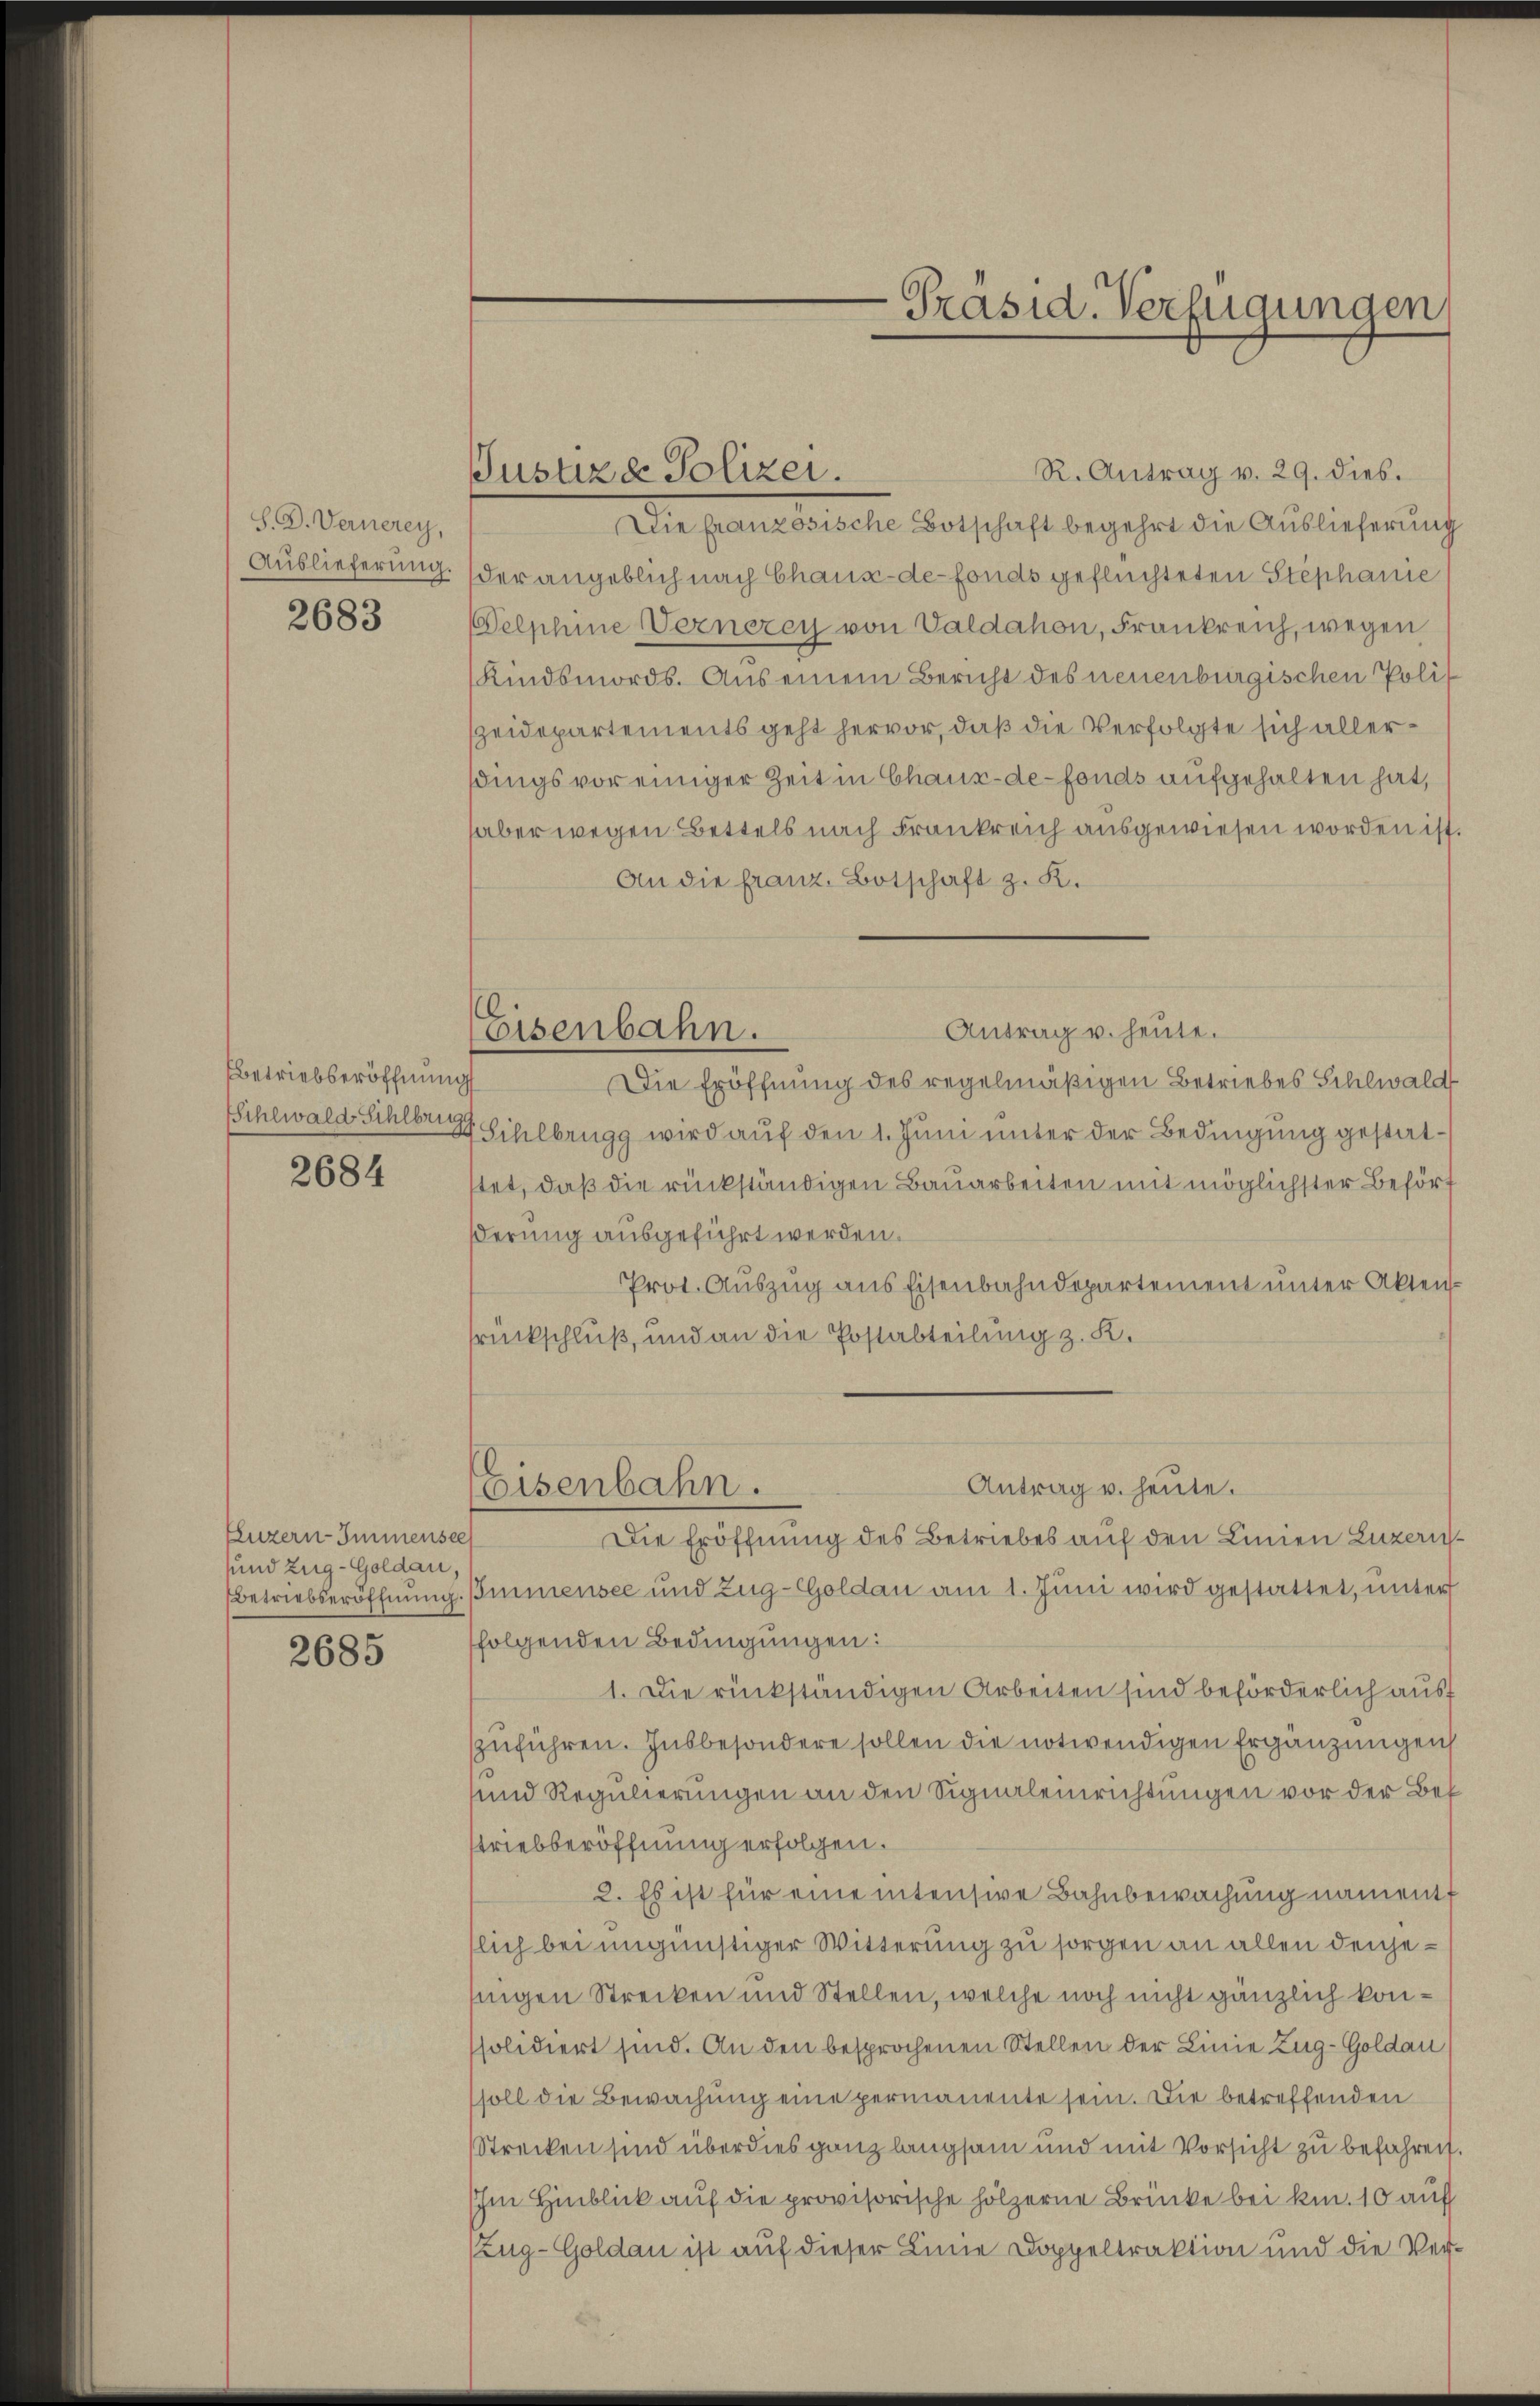
S. D. Vernerey,
Auslieferung.
2683

Betriebseröffnung

2684

Eluzern-Immensee
und Zug-Goldau,
Betriebseröffnung.

2685

R. Antrag v. 29. dies.
Die Französische Botschaft begehrt die Auslieferung
der angeblich nach Chaux-de-Fonds geflüchteten Stephanie
elphine Vernerey von Valdahon, Frankreich, wegen
Kindsmords. Aus einem Bericht des neuenburgischen Polit
zeidepartements geht hervor, daß die Verfolgte sich allerdings vor einiger Zeit in Chaux-de-Fonds aufgehalten hat,
aber wegen Bettels nach Frankreich ausgewiesen worden ist.
An die franz. Botschaft z. K.
Antrag u. heute.
Die Eröffnung des regelmäßigen Betriebes Sihlwald
Eihlwald Sihlber Sihlbrugg wird auf den 1. Juni unter der Bedingung gestattet, daß die rückständigen Bauarbeiten mit möglichster Beförf
ßerung ausgeführt werden.
Prot. Auszug aus Eisenbahndepartement unter Aktenrückschluß, und an die Postabteilung z. K.
Antrag u. heute.
Eisenbahn.
Die Eröffnung des Betriebes auf den Linien Luzern¬
Immensee und Zug-Goldau am 1. Juni wird gestattet, unter
folgenden Bedingungen:
1. Die rückständigen Arbeiten sind beförderlich ausf
zuführen. Insbesondere sollen die notwendigen Ergänzungen
und Regulierungen an den Signaleinrichtungen vor der Bef
striebberöffnung erfolgen.
2. Es ist für eine intensive Bahnbewachung nament
lich bei ungünstiger Witterung zu sorgen an allen denjefingen Strecken und Stellen, welche noch nicht gänzlich konssolidiert sind. An den besprochenen Stellen der Linie Zug-Goldau
ssoll die Bewachung eine permanente sein. Die betreffenden
Strecken sind überdies ganz langsam und mit Vorsicht zu befahren.
Ihm Hinblick auf die provisorische hölzerne Brücke bei kn. 10 auf
Zug-Goldau ist auf dieser Linie Doppeltraktion und die Ver¬

Justiza Polizei.

Eisenbahn.

-Präsid. Verfügungen